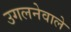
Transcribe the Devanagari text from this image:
उगलनेवाले